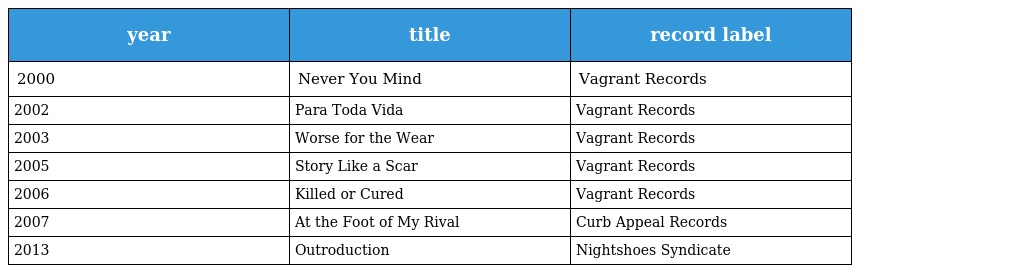
| year | title | record label |
 | --- | --- | --- |
 | 2000 | Never You Mind | Vagrant Records |
 | 2002 | Para Toda Vida | Vagrant Records |
 | 2003 | Worse for the Wear | Vagrant Records |
 | 2005 | Story Like a Scar | Vagrant Records |
 | 2006 | Killed or Cured | Vagrant Records |
 | 2007 | At the Foot of My Rival | Curb Appeal Records |
 | 2013 | Outroduction | Nightshoes Syndicate |